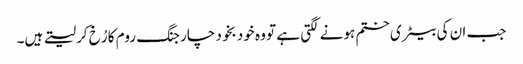
جب ان کی بیٹری ختم ہونے لگتی ہے تو وہ خود بخود چارجنگ روم کا رُخ کرلیتے ہیں۔